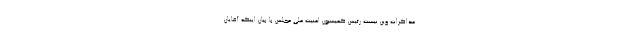
مذاکرات وین نیست رئیس کمیسیون امنیت ملی مجلس با بیان اینکه آقایان